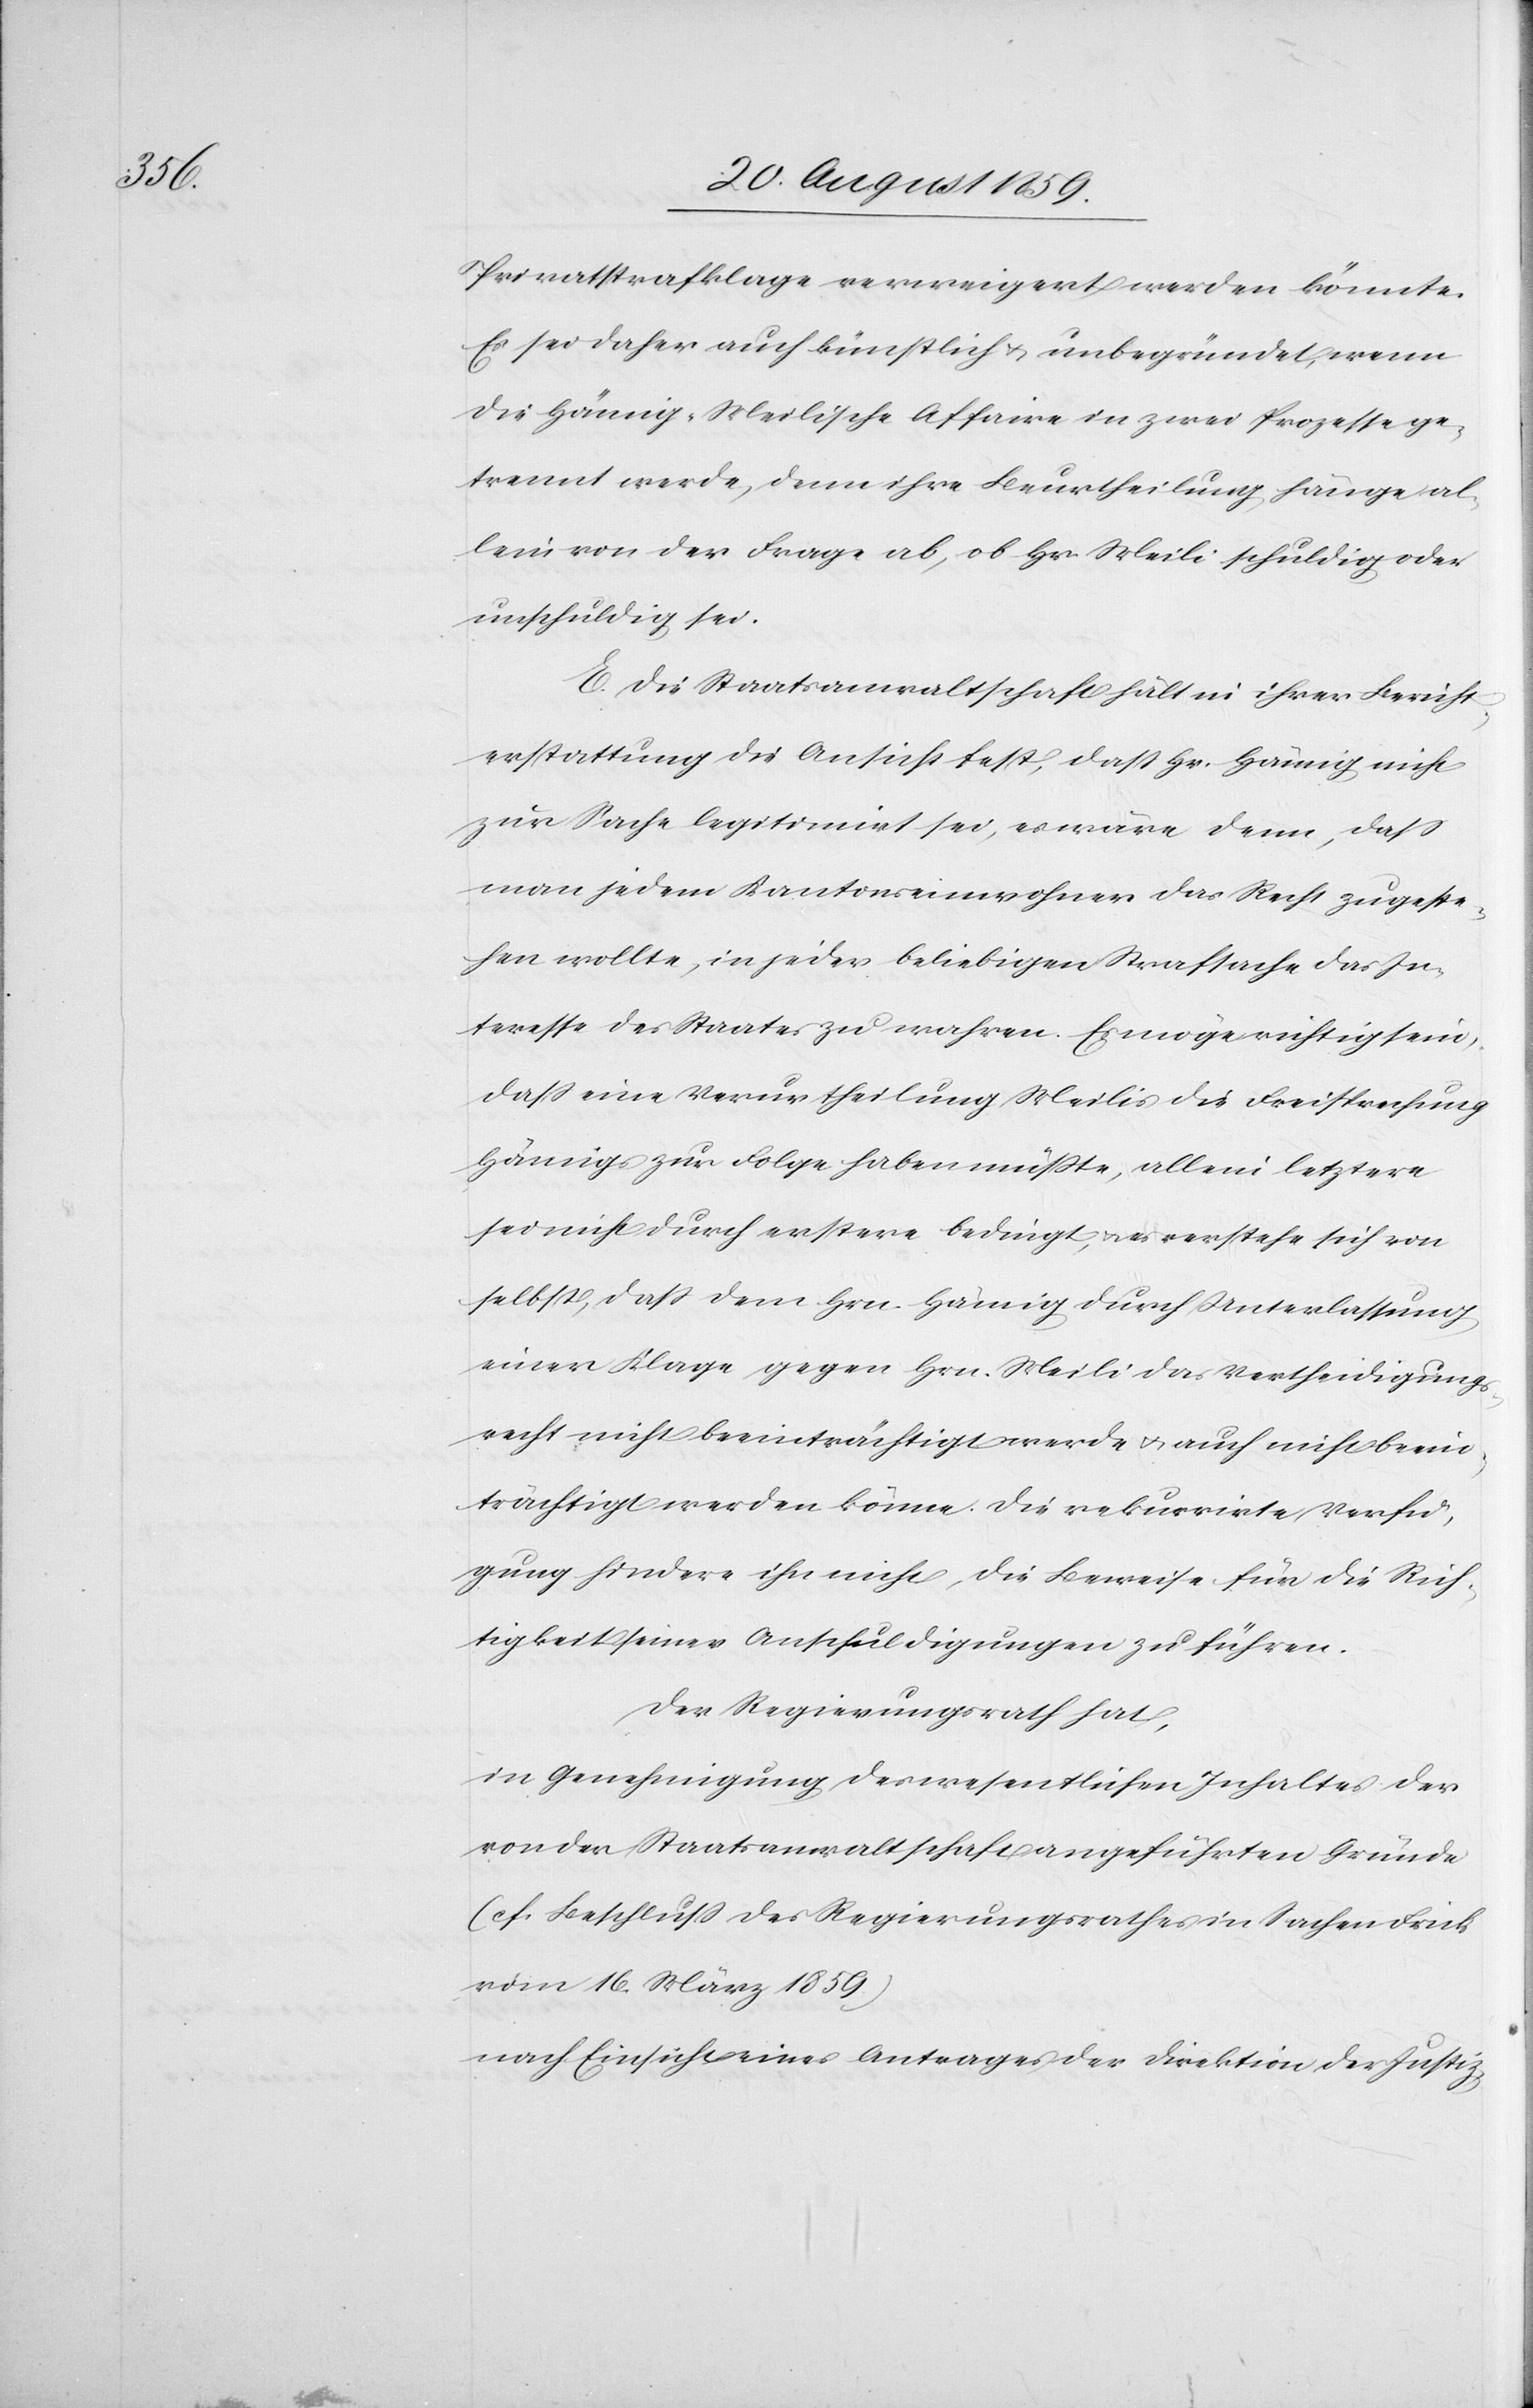
Privatstrafklage verweigert werden könnte.
Es sei daher auch künstlich & unbegründet, wenn
die Hämig-Meilische Affaire in zwei Prozesse ge¬
trennt werde, denn ihre Beurtheilung hänge al¬
lein von der Frage ab, ob Hr. Meili schuldig oder
unschuldig sei.
E. Die Staatsanwaltschaft hält in ihrer Bericht¬
erstattung die Ansicht fest, daß Hr. Hämig nicht
zur Sache legitimirt sei, es wäre denn, daß
man jedem Kantonseinwohner das Recht zugeste¬
hen wollte, in jeder beliebigen Strafsache das In¬
teresse des Staates zu wahren. Es möge richtig sein,
daß eine Verurtheilung Meilis die Freisprechung
Hämigs zur Folge haben müßte, allein letztere
sei nicht durch erstere bedingt, & es verstehe sich von
selbst, daß dem Hrn. Hämig durch Unterlassung
einer Klage gegen Hrn. Meili das Vertheidigungs¬
recht nicht beeinträchtigt werde & auch nicht beein¬
trächtigt werden könne. Die rekurrirte Verfü¬
gung hindere ihn nicht, die Beweise für die Rich¬
tigkeit seiner Anschuldigungen zu führen.
Der Regierungsrath hat,
in Genehmigung des wesentlichen Inhaltes der
von der Staatsanwaltschaft angeführten Gründe
(cf. Beschluß des Regierungsrathes in Sachen Frick
vom 16. März 1859.)
nach Einsicht eines Antrages der Direktion der Justiz